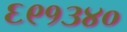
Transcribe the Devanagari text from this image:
६९१३४०